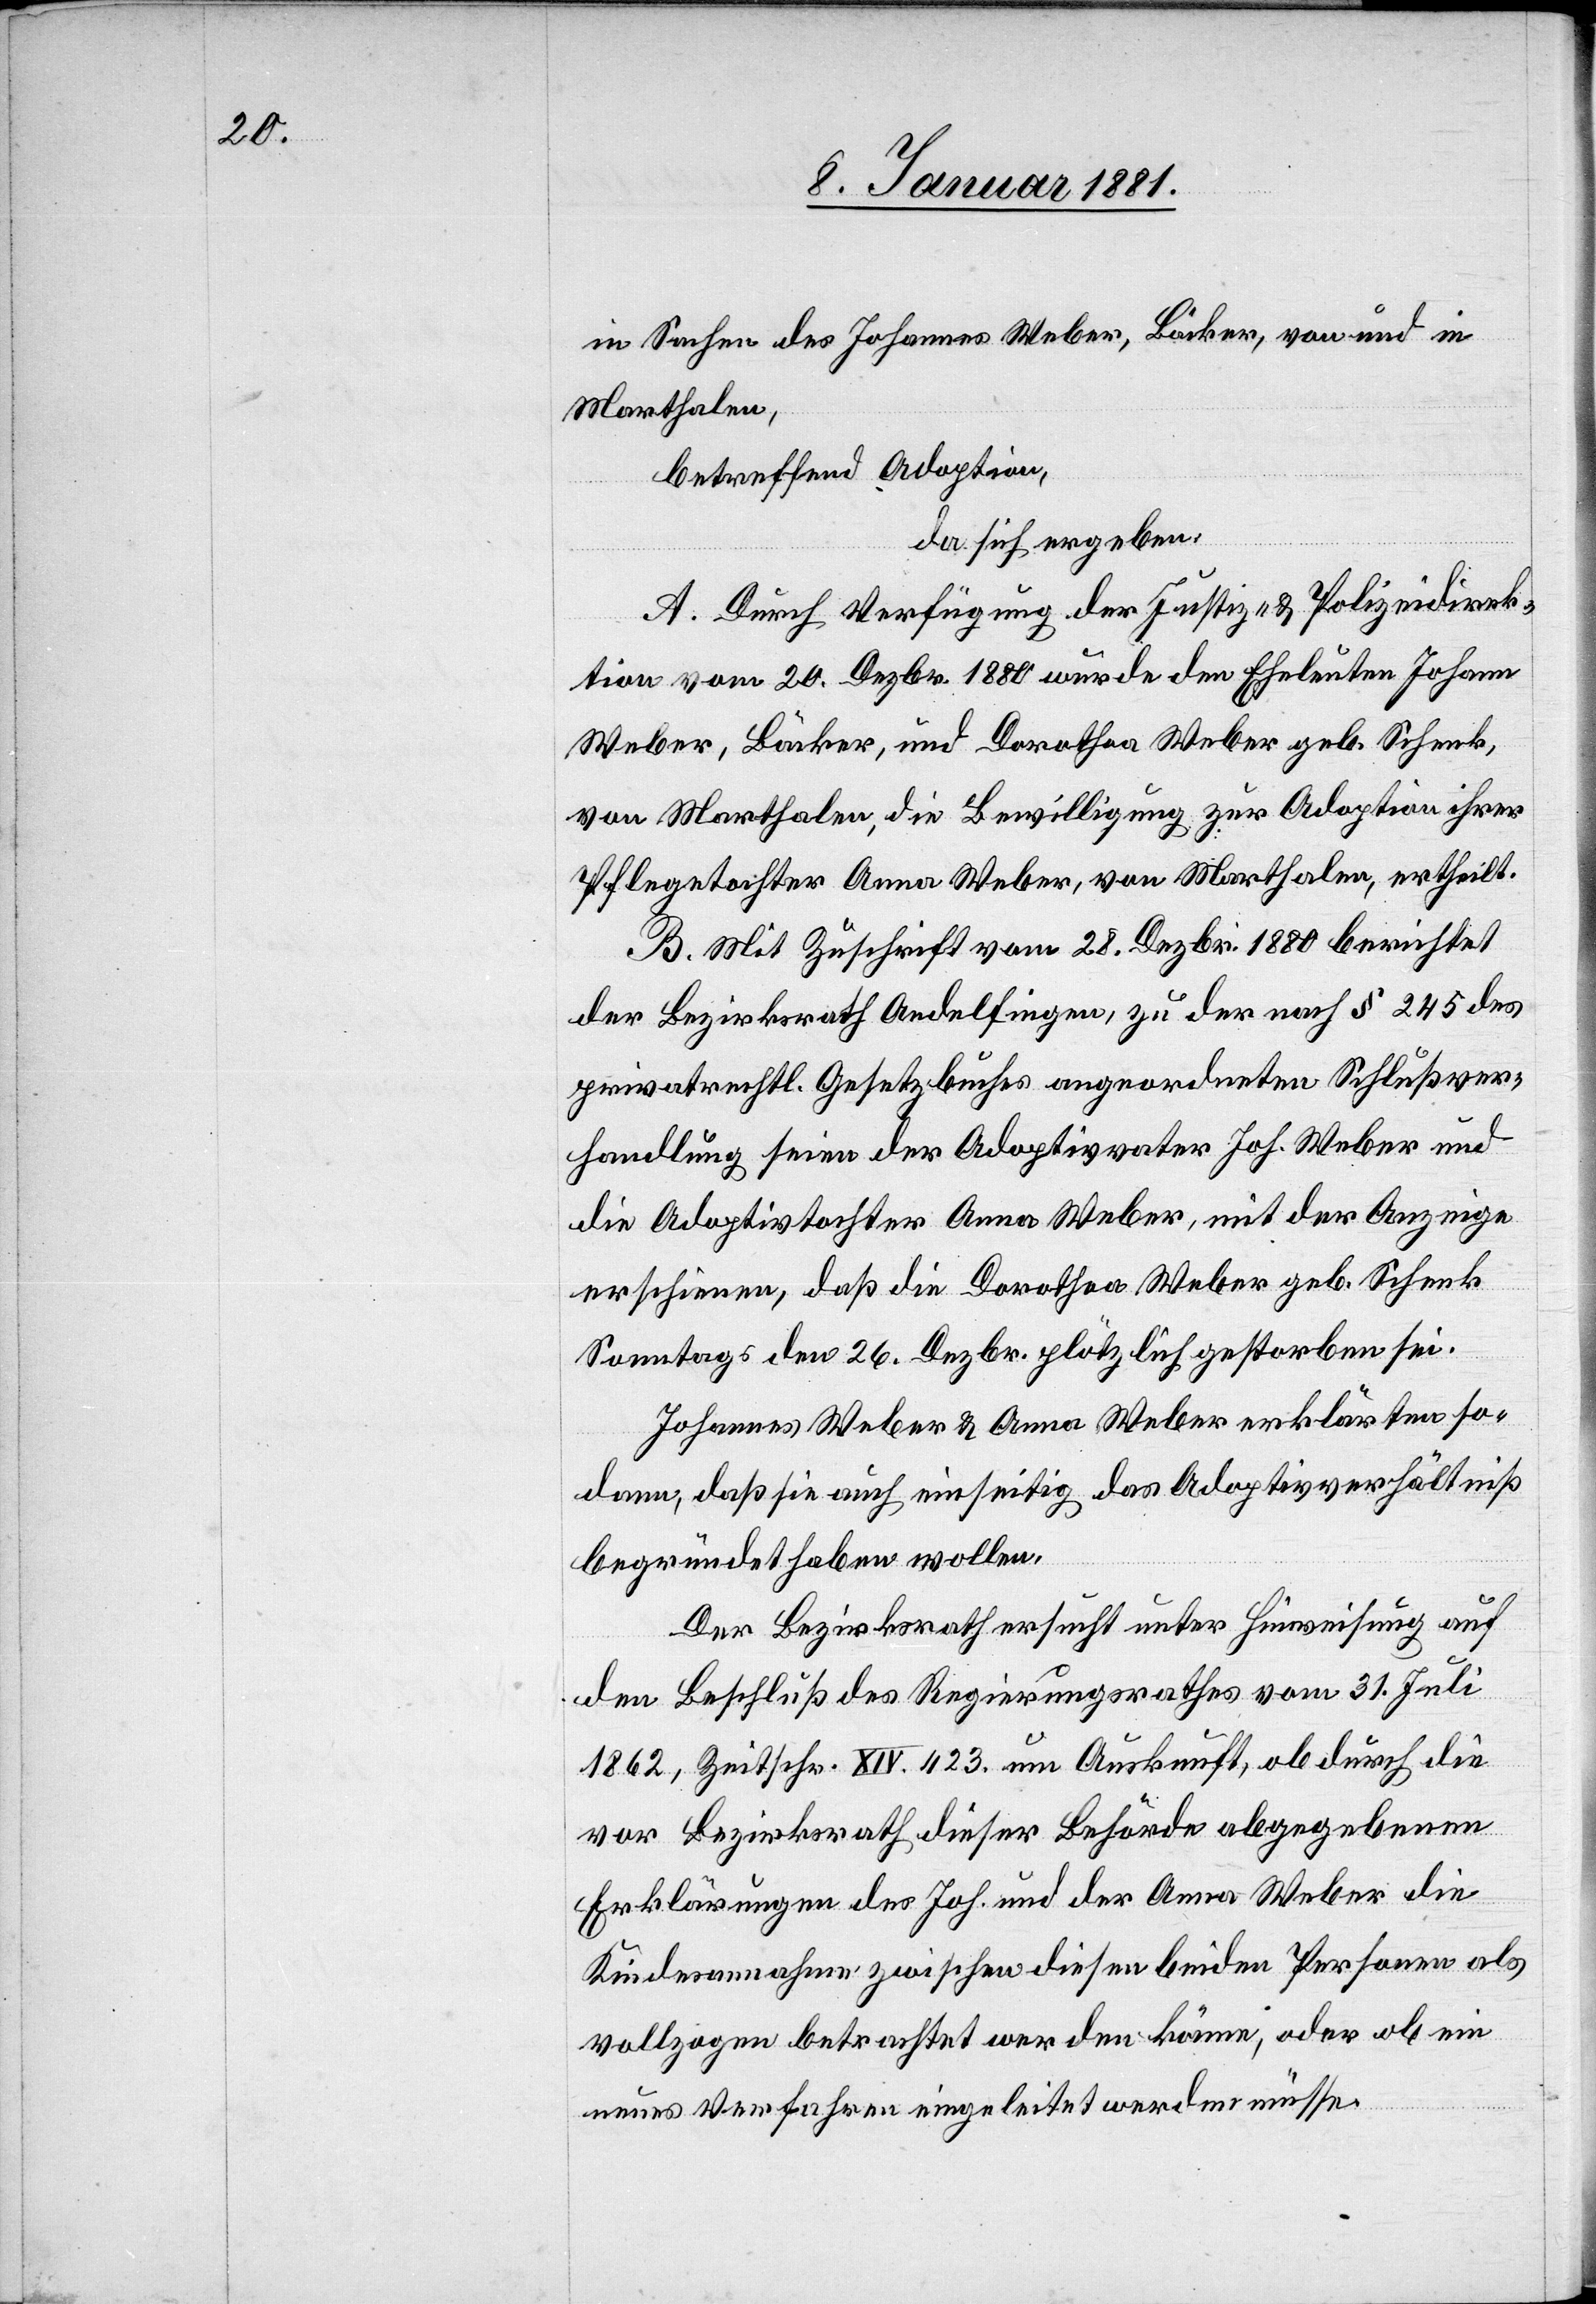
in Sachen des Johannes Weber, Bäcker, von und in
Marthalen,
betreffend Adoption,
da sich ergeben:
A. Durch Verfügung der Justiz- & Polizeidirek¬
tion vom 20. Dezbr. 1880 wurde den Eheleuten Johann
Weber, Bäcker, und Dorothea Weber geb. Schenk,
von Marthalen, die Bewilligung zur Adoption ihrer
Pflegetochter Anna Weber, von Marthalen, ertheilt.
B. Mit Zuschrift vom 28. Dezbr. 1880 berichtet
der Bezirksrath Andelfingen, zu der nach § 245 des
privatrechtl. Gesetzbuches angeordneten Schlußver¬
handlung seien der Adoptivvater Joh. Weber und
die Adoptivtochter Anna Weber, mit der Anzeige
erschienen, daß die Dorothea Weber geb. Schenk
Sonntags den 26. Dezbr. plötzlich gestorben sei.
Johannes Weber & Anna Weber erklärten so¬
dann, daß sie auch einseitig das Adoptivverhältniß
begründet haben wollen.
Der Bezirksrath ersucht unter Hinweisung auf
den Beschluß des Regierungsrathes vom 31. Juli
1862, Zeitschr. XIV. 423 um Auskunft, ob durch die
vor Bezirksrath dieser Behörde abgegebenen
Erklärungen des Joh. und der Anna Weber die
Kindesannahme zwischen diesen beiden Personen als
vollzogen betrachtet werden könne, oder ob ein
neues Verfahren eingeleitet werden müsse.